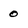
Character: 0